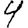
Digit: 4